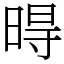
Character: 𣈜